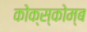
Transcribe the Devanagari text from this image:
कोक्स्कोम्ब